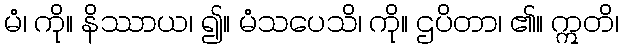
မံ၊ ကို။ နိဿာယ၊ ၍။ မံသပေသိ၊ ကို။ ဌပိတာ၊ ၏။ ဣတိ၊